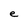
Character: e